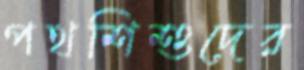
পথশিশুদের